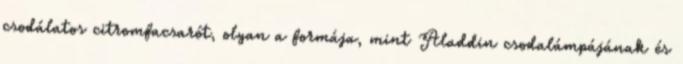
csodálatos citromfacsarót, olyan a formája, mint Aladdin csodalámpájának és